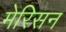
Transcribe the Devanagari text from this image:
मेरिसन